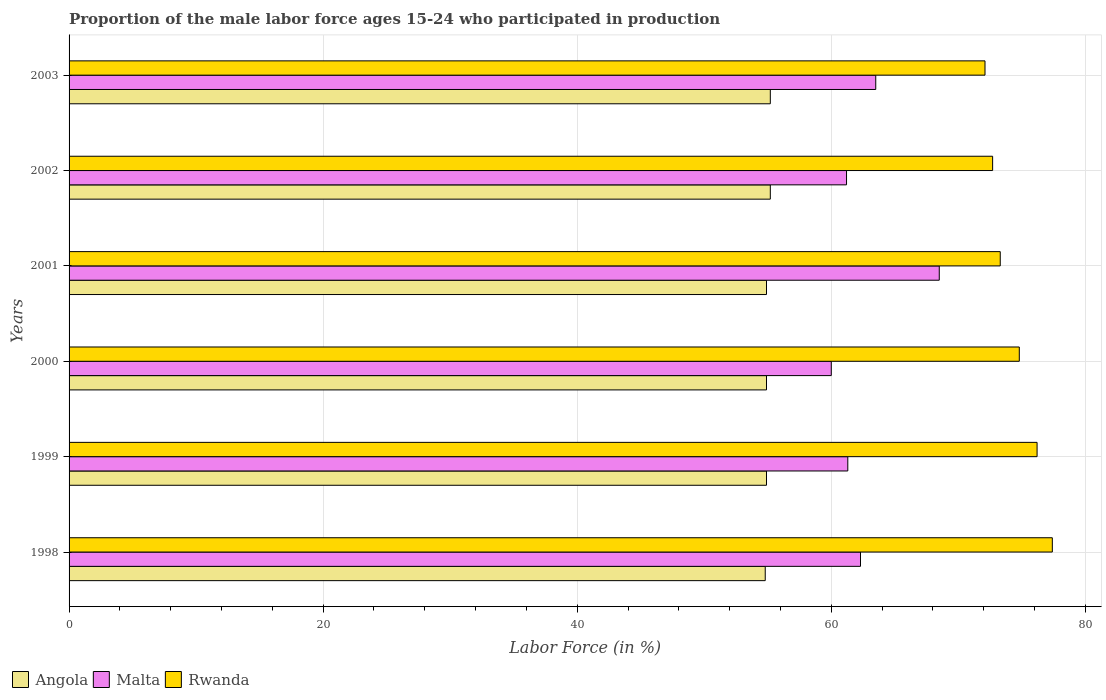
| Years | Angola | Malta | Rwanda |
 | --- | --- | --- | --- |
 | 1998 | 54.8 | 62.3 | 77.4 |
 | 1999 | 54.9 | 61.3 | 76.2 |
 | 2000 | 54.9 | 60 | 74.8 |
 | 2001 | 54.9 | 68.5 | 73.3 |
 | 2002 | 55.2 | 61.2 | 72.7 |
 | 2003 | 55.2 | 63.5 | 72.1 |